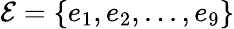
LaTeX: \mathcal{E}=\{ e_{1},e_{2},...,e_{9}\}